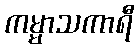
ကမ္မာသကာရီ